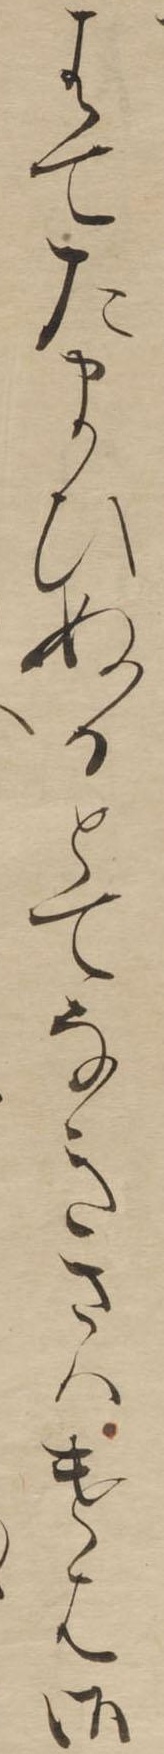
はてたまひぬるとてなきさはけは御